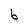
Character: b